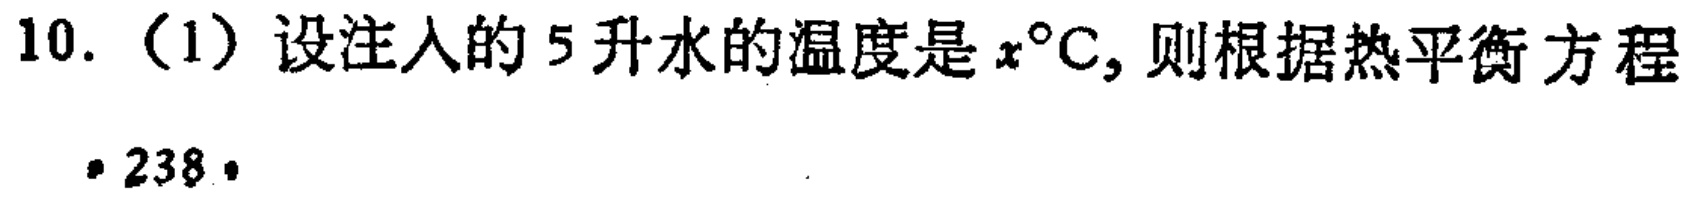
10. （1）设注入的5升水的温度是\(x^{\circ}C\)，则根据热平衡方程
· 238·